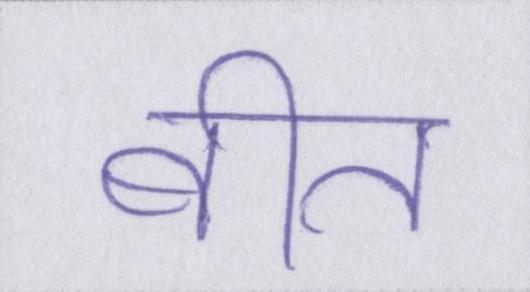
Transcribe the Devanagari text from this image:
बीत